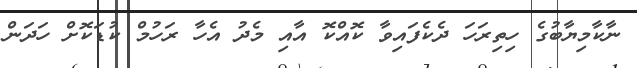
ނާކާމިޔާބުގެ ހިތިރަހަ ދެކެފައިވާ ކޮއްކޮ އާއި މެދު އެހާ ރަހުމް ކުޑަކޮށް ހަދަން